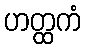
ဟတ္ထကံ